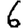
Digit: 6